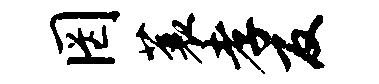
罔蓑孝反